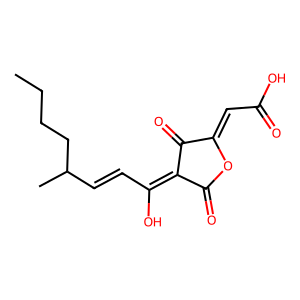
SMILES: CCCCC(C)C=CC(O)=C1C(=O)OC(=CC(=O)O)C1=O
Inhibits HIV replication: Yes